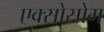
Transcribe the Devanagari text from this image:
एक्सोसोम